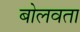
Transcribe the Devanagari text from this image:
बोलवता